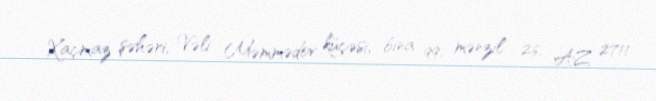
Xaçmaz şəhəri, Vəli Məmmədov küçəsi, bina 99, mənzil 26, AZ 2711